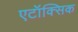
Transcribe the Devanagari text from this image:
एटॉक्सिक